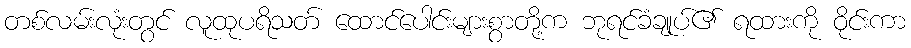
တစ်လမ်းလုံးတွင် လူထုပရိသတ် ထောင်ပေါင်းများစွာတို့က ဘုရင်ခံချုပ်၏ ရထားကို ဝိုင်းကာ